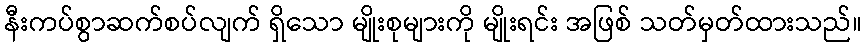
နီးကပ်စွာဆက်စပ်လျက် ရှိသော မျိုးစုများကို မျိုးရင်း အဖြစ် သတ်မှတ်ထားသည်။